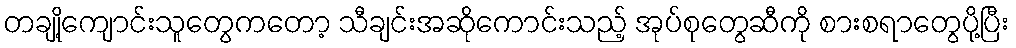
တချို့ကျောင်းသူတွေကတော့ သီချင်းအဆိုကောင်းသည့် အုပ်စုတွေဆီကို စားစရာတွေပို့ပြီး